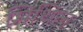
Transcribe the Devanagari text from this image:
मिथिल